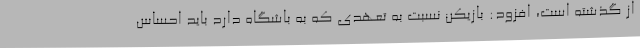
از گذشته است، افزود: بازیکن نسبت به تعهدی که به باشگاه دارد باید احساس